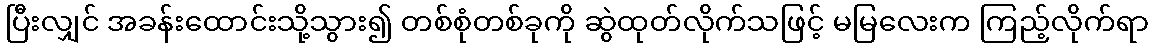
ပြီးလျှင် အခန်းထောင်းသို့သွား၍ တစ်စုံတစ်ခုကို ဆွဲထုတ်လိုက်သဖြင့် မမြလေးက ကြည့်လိုက်ရာ